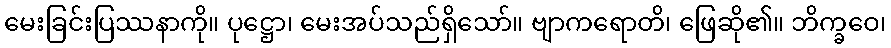
မေးခြင်းပြဿနာကို။ ပုဋ္ဌော၊ မေးအပ်သည်ရှိသော်။ ဗျာကရောတိ၊ ဖြေဆို၏။ ဘိက္ခဝေ၊